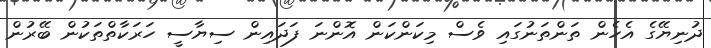
ދުނިޔޭގެ އެހެން ތަންތަނުގައި ވެސް މިކަންކަން އޮންނަ ފަދައިން ސިޔާސީ ހަރަކާތްތަކުން ބޭރުން